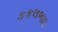
કકલભાઇ